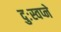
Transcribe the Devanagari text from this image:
दुःस्वप्ने